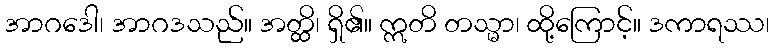
အာဂဒေါ၊ အာဂဒသည်။ အတ္ထိ၊ ရှိ၏။ ဣတိ တသ္မာ၊ ထို့ကြောင့်။ ဒကာရဿ၊